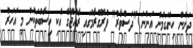
ދަށުން ހިންގަމުން އަންނަ "ދަސްވާރު" ޕްރޮގްރާމުގައި ރާއްޖޭގެ އެކި ހިސާބުތަކުން މި އަހަރު